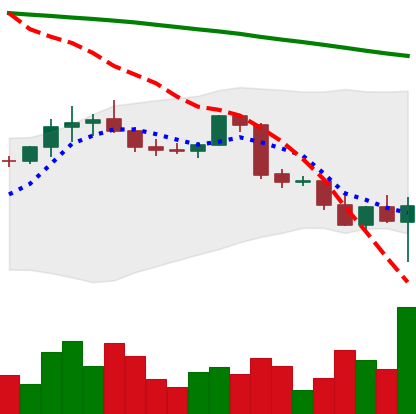
Ticker: BTC-USD
Chart end date: 2022-02-24
Forward return: 15.71%
Label: up_7plus